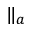
\Vert _ { a }